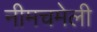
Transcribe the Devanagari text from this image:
नीमचमेली